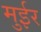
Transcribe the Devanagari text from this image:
मुईर